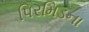
પિરમિડના